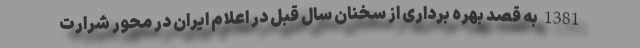
1381 به قصد بهره برداری از سخنان سال قبل در اعلام ایران در محور شرارت